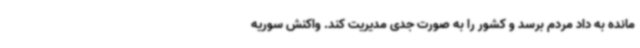
مانده به داد مردم برسد و کشور را به صورت جدی مدیریت کند. واکنش سوریه